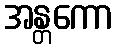
အန္တကော